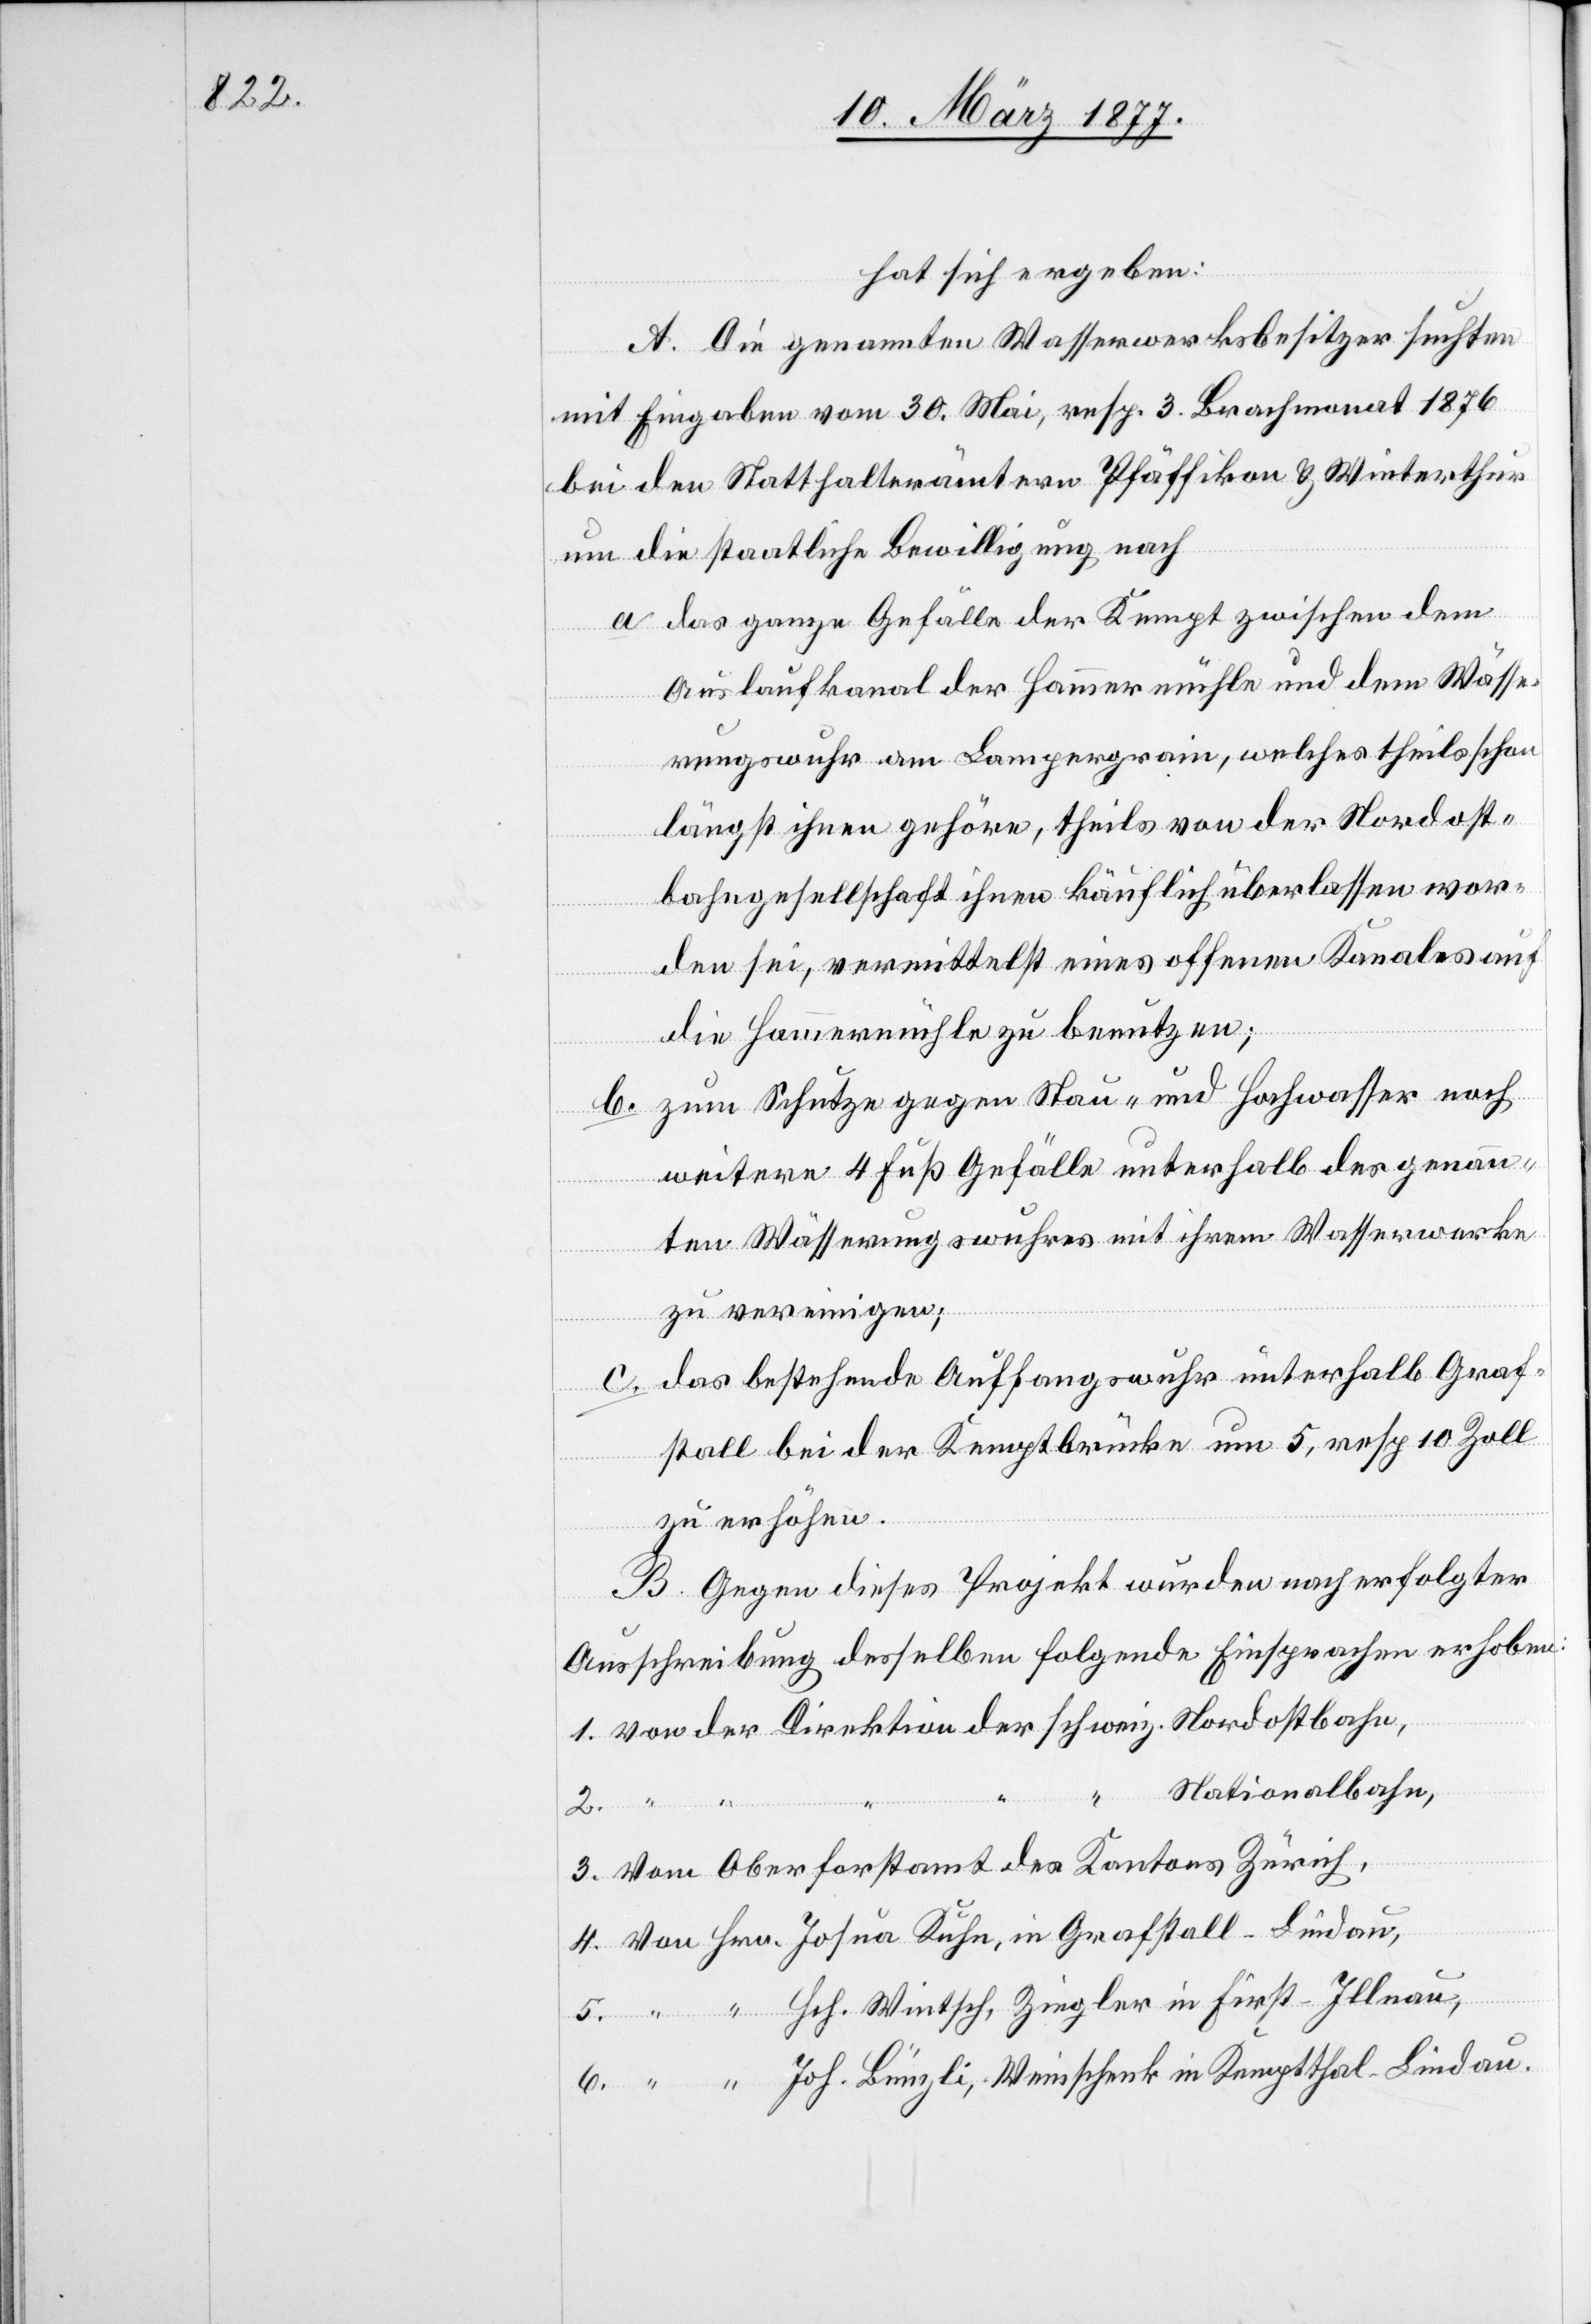
hat sich ergeben:
A. Die genannten Wasserwerksbesitzer suchten
mit Eingaben vom 30. Mai, resp. 3. Brachmonat 1876
bei den Statthalterämtern Pfäffikon & Winterthur
um die staatliche Bewilligung nach
a. das ganze Gefälle der Kempt zwischen dem
Auslaufkanal der Hammermühle und dem Wässe¬
rungswuhr am Lampergrain, welches theils schon
längst ihnen gehöre, theils von der Nordost¬
bahngesellschaft ihnen käuflich überlassen wor¬
den sei, vermittelst eines offenen Kanales auf
die Hammermühle zu benutzen;
b. zum Schutze gegen Stau- und Hochwasser noch
weitere 4 Fuß Gefälle unterhalb des genann¬
ten Wässerungswuhres mit ihrem Wasserwerke
zu vereinigen;
das bestehende Auffangswuhr unterhalb Graf¬
6.
stall bei der Kemptbrücke um 5, resp. 10 Zoll
zu erhöhen.
B. Gegen dieses Projekt wurden nach erfolgter
Ausschreibung desselben folgende Einsprachen erhoben:
Nationalbahn,
Vom Oberforstamt des Kantons Zürich,
Joh. Bünzli, Weinschenk in Kemptthal - Lindau